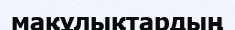
мақұлықтардың